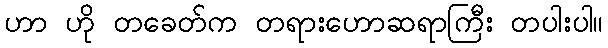
ဟာ ဟို တခေတ်က တရားဟောဆရာကြီး တပါးပါ။